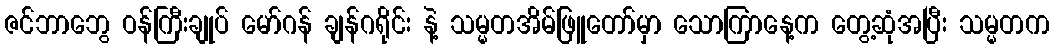
ဇင်ဘာဘွေ ဝန်ကြီးချုပ် မော်ဂန် ချန်ဂရိုင်း နဲ့ သမ္မတအိမ်ဖြူတော်မှာ သောကြာနေ့က တွေ့ဆုံအပြီး သမ္မတက